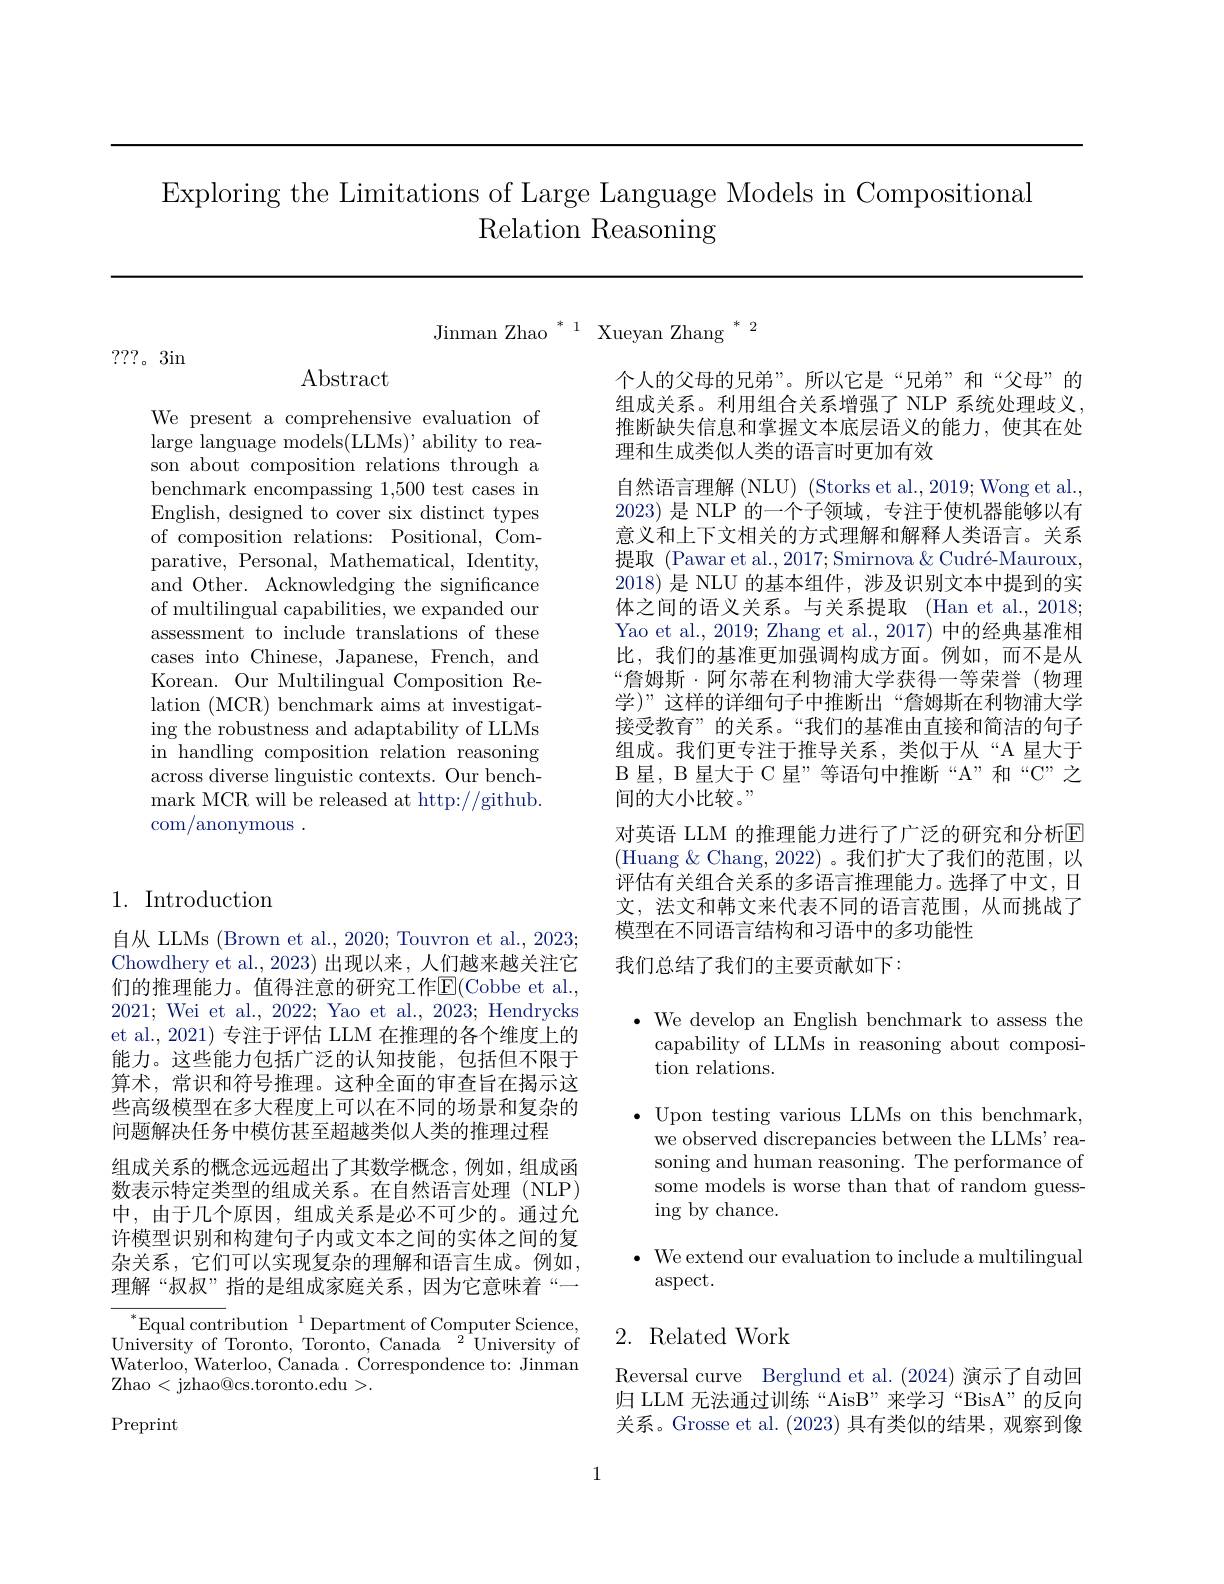
Exploring the Limitations of Large Language Models in Compositional
Relation Reasoning

Jinman Zhao $^*^1$ Xueyan Zhang $^*^2$

???。3in

## $\operatorname{Abstract}$

We present a comprehensive evaluation of large language models(LLMs)' ability to reason about composition relations through a benchmark encompassing 1,500 test cases in English, designed to cover six distinct types of composition relations: Positional, Comparative, Personal, Mathematical, Identity, and Other. Acknowledging the significance of multilingual capabilities, we expanded our assessment to include translations of these cases into Chinese, Japanese, French, and Korean. Our Multilingual Composition Relation (MCR) benchmark aims at investigating the robustness and adaptability of LLMs in handling composition relation reasoning across diverse linguistic contexts. Our benchmark MCR will be released at http://github. com/anonymous .

## 1. Introduction

自从 LLMs (Brown et al., 2020; Touvron et al., 2023; Chowdhery et al., 2023) 出现以来，人们越来越关注它们的推理能力。值得注意的研究工作$\operatorname{E}($Cobbe et al., 2021; Wei et al., 2022; Yao et al., 2023; Hendrycks et al., 2021) 专注于评估 LLM 在推理的各个维度上的能力。这些能力包括广泛的认知技能，包括但不限于算术，常识和符号推理。这种全面的审查旨在揭示这些高级模型在多大程度上可以在不同的场景和复杂的问题解决任务中模仿甚至超越类似人类的推理过程
组成关系的概念远远超出了其数学概念，例如，组成函数表示特定类型的组成关系。在自然语言处理(NLP) 中，由于几个原因，组成关系是必不可少的。通过允许模型识别和构建句子内或文本之间的实体之间的复杂关系，它们可以实现复杂的理解和语言生成。例如， 理解“叔叔”指的是组成家庭关系，因为它意味着“一

$\begin{array}{c}{{^{*}}}\text{Equal contribution}&{{^{1}}}\text{Department of Computer Science,}\\{\text{University of Toronto, Toronto, Canada}}&{{^{2}}}\end{array}$University of Waterloo, Waterloo, Canada. Correspondence to: Jinman Zhao < jzhao@cs.toronto.edu>.

Preprint

个人的父母的兄弟”。所以它是“兄弟”和“父母”的组成关系。利用组合关系增强了 NLP 系统处理歧义推断缺失信息和掌握文本底层语义的能力，使其在处理和生成类似人类的语言时更加有效
自然语言理解(NLU) (Storks et al., 2019; Wong et al. 2023)是 NLP 的一个子领域，专注于使机器能够以有意义和上下文相关的方式理解和解释人类语言。关系提取 (Pawar et al., 2017; Smirnova & Cudré-Mauroux, 2018)是 NLU 的基本组件，涉及识别文本中提到的实体之间的语义关系。与关系提取 (Han et al., 2018; Yao et al., 2019; Zhang et al., 2017) 中的经典基准相比，我们的基准更加强调构成方面。例如，而不是从“詹姆斯·阿尔蒂在利物浦大学获得一等荣誉(物理学)”这样的详细句子中推断出“詹姆斯在利物浦大学接受教育”的关系。“我们的基准由直接和简洁的句子组成。我们更专注于推导关系，类似于从“A 星大于B星，B星大于 C 星”等语句中推断“A”和“C”之间的大小比较。”
对英语 LLM 的推理能力进行了广泛的研究和分析回(Huang & Chang, 2022) 。我们扩大了我们的范围，以评估有关组合关系的多语言推理能力。选择了中文，日文，法文和韩文来代表不同的语言范围，从而挑战了模型在不同语言结构和习语中的多功能性
我们总结了我们的主要贡献如下：

$\bullet$ We develop an English benchmark to assess the
capability of LLMs in reasoning about composi-
tion relations.

$\bullet$ Upon testing various LLMs on this benchmark,
we observed discrepancies between the LLMs' reasoning and human reasoning. The performance of some models is worse than that of random guessing by chance.

$\bullet$ We extend our evaluation to include a multilingual
$\operatorname{aspect}.$

## 2. Related Work

Reversal curve Berglund et al.(2024)演示了自动回归 LLM 无法通过训练“AisB”来学习“BisA”的反向关系。Grosse et al. (2023)具有类似的结果，观察到像

1